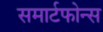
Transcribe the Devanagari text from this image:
समार्टफोन्स